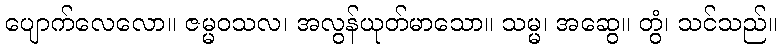
ပျောက်လေလော။ ဇမ္မဝသလ၊ အလွန်ယုတ်မာသော။ သမ္မ၊ အဆွေ။ တွံ၊ သင်သည်။